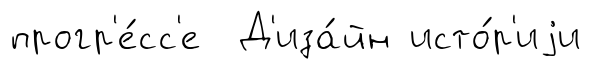
прогр'е́сс'е Д'иза́йн исто́р'иjи